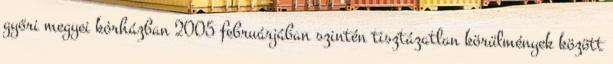
győri megyei kórházban 2005 februárjában szintén tisztázatlan körülmények között